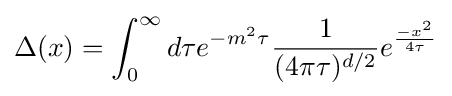
\Delta (x)=\int _{0}^{\infty }d\tau e^{-m^{2}\tau }{\frac {1}{({4\pi \tau })^{d/2}}}e^{\frac {-x^{2}}{4\tau }}